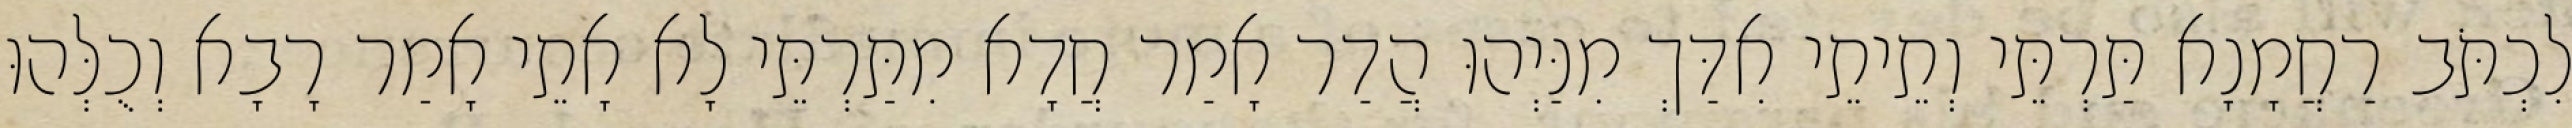
לִכְתֹּב רַחֲמָנָא תַּרְתֵּי וְתֵיתֵי אִדַּךְ מִנַּיְהוּ הֲדַר אָמַר חֲדָא מִתַּרְתֵּי לָא אָתֵי אָמַר רָבָא וְכֻלְּהוּ